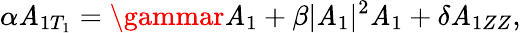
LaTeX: \alpha\mathit{A}_{1T_{1}}=\gammar\mathit{A}_{1}+\beta|\mathit{A}_{1}|^{2}\mathit{A}_{1}+\delta\mathit{A}_{1ZZ},